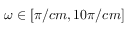
\omega \in [ \pi / c m , 1 0 \pi / c m ]